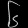
Digit: ၆